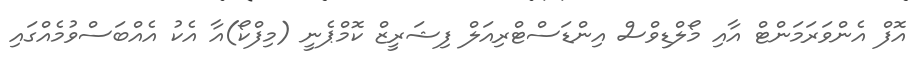
އޮފް އެންވަރަމަންޓް އާއި މޯލްޑިވްސް އިންޑަސްޓްރިއަލް ފިޝަރީޒް ކޮމްޕެނީ (މިފްކޯ)އާ އެކު އެއްބަސްވުމެއްގައި